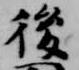
後